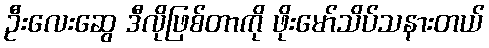
ဦးလေးဆွေ ဒီလိုဖြစ်တာကို ဖိုးမော်သိပ်သနားတယ်